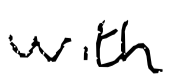
Text: with
Cross-out: clean
Writing tool: digital_black